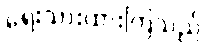
ရေးသားထားကြသည်